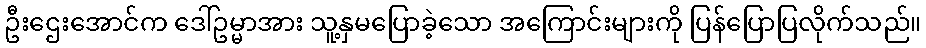
ဦးဌေးအောင်က ဒေါ်ဥမ္မာအား သူ့နှမပြောခဲ့သော အကြောင်းများကို ပြန်ပြောပြလိုက်သည်။